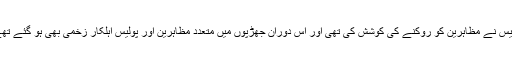
پولیس نے مظاہرین کو روکنے کی کوشش کی تھی اور اس دوران جھڑپوں میں متعدد مظاہرین اور پولیس اہلکار زخمی بھی ہو گئے تھے۔